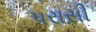
પરાસી